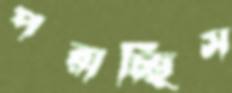
পরাচ্ছিস